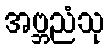
အဗ္ဘညံသု